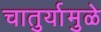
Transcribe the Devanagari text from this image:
चातुर्यामुळे